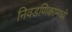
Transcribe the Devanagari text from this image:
निवडणिकांमध्ये